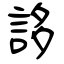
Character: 誃